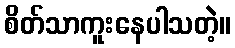
စိတ်သာကူးနေပါသတဲ့။